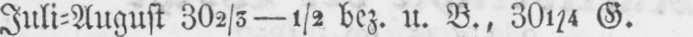
Juli⸗August 302/3-½ bez. u. B., 301/4 G.